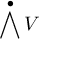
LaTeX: \bigwedge ^ { \bullet } V